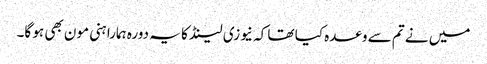
میں نے تم سے وعدہ کیا تھا کہ نیوزی لینڈ کا یہ دورہ ہمارا ہنی مون بھی ہو گا۔